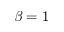
\beta = 1